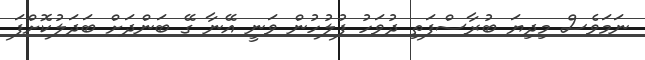
ނަމަވެސް މިދިޔަ ބުރާސްފަތި ދުވަހު ފުލުހުން ވަނީ އޭނާ ގޭ ބަންދަށް ބަދަލުކޮށްފަ